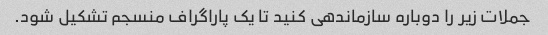
جملات زیر را دوباره سازماندهی کنید تا یک پاراگراف منسجم تشکیل شود.